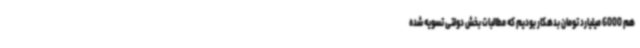
هم 6000 میلیارد تومان بدهکار بودیم که مطالبات بخش دولتی تسویه شده